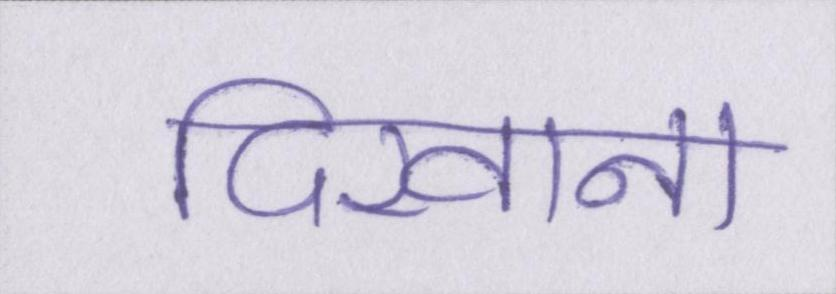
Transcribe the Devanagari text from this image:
दिखाना